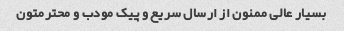
بسیار عالی ممنون از ارسال سریع و پیک مودب و محترمتون